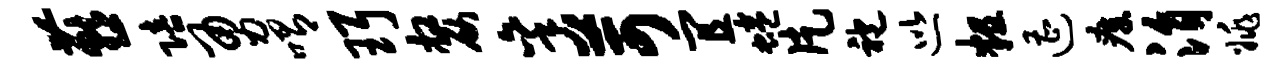
燕陪勇喟珥嫠秉苛宜蜷片袍巡粗遭瘴涓姚